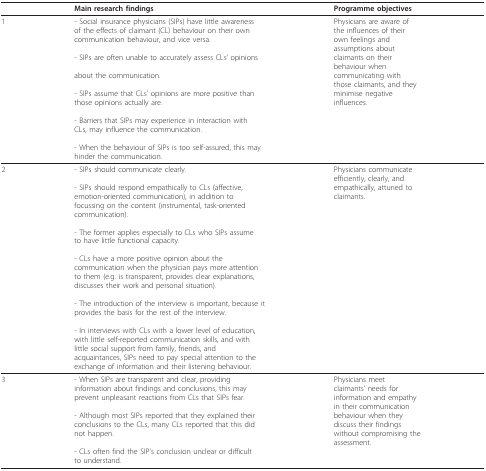
<table><thead><tr><td></td><td><b>Main research findings</b></td><td><b>Programme objectives</b></td></tr></thead><tbody><tr><td>1</td><td>- Social insurance physicians (SIPs) have little awarenessof the effects of claimant (CL) behaviour on their owncommunication behaviour, and vice versa.- SIPs are often unable to accurately assess CLs&#x27; opinionsabout the communication.- SIPs assume that CLs&#x27; opinions are more positive thanthose opinions actually are.- Barriers that SIPs may experience in interaction withCLs, may influence the communication.- When the behaviour of SIPs is too self-assured, this mayhinder the communication.</td><td>Physicians are aware ofthe influences of theirown feelings andassumptions aboutclaimants on theirbehaviour whencommunicating withthose claimants, and theyminimise negativeinfluences.</td></tr><tr><td>2</td><td>- SIPs should communicate clearly.- SIPs should respond empathically to CLs (affective,emotion-oriented communication), in addition tofocussing on the content (instrumental, task-orientedcommunication).- The former applies especially to CLs who SIPs assumeto have little functional capacity.- CLs have a more positive opinion about thecommunication when the physician pays more attentionto them (e.g. is transparent, provides clear explanations,discusses their work and personal situation).- The introduction of the interview is important, because itprovides the basis for the rest of the interview.- In interviews with CLs with a lower level of education,with little self-reported communication skills, and withlittle social support from family, friends, andacquaintances, SIPs need to pay special attention to theexchange of information and their listening behaviour.</td><td>Physicians communicateefficiently, clearly, andempathically, attuned toclaimants.</td></tr><tr><td>3</td><td>- When SIPs are transparent and clear, providinginformation about findings and conclusions, this mayprevent unpleasant reactions from CLs that SIPs fear.- Although most SIPs reported that they explained theirconclusions to the CLs, many CLs reported that this didnot happen.- CLs often find the SIP&#x27;s conclusion unclear or difficultto understand.</td><td>Physicians meetclaimants&#x27; needs forinformation and empathyin their communicationbehaviour when theydiscuss their findingswithout compromising theassessment.</td></tr></tbody></table>